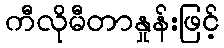
ကီလိုမီတာနှုန်းဖြင့်